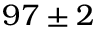
~ 9 7 \pm 2